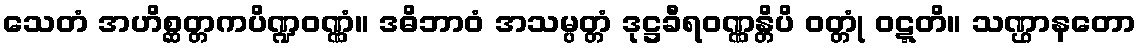
သေတံ အဟိစ္ဆတ္တကပိဏ္ဍဝဏ္ဏံ။ ဒဓိဘာဝံ အသမ္ပတ္တံ ဒုဋ္ဌခီရဝဏ္ဏန္တိပိ ဝတ္တုံ ဝဋ္ဋတိ။ သဏ္ဌာနတော